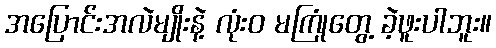
အပြောင်းအလဲမျိုးနဲ့ လုံးဝ မကြုံတွေ့ ခဲ့ဖူးပါဘူး။